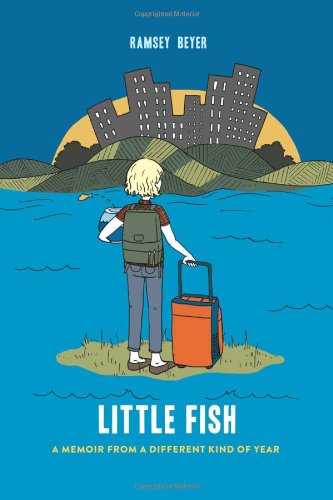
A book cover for Little Fish: A Memoir; Ramsey Beyer; Teen & Young Adult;